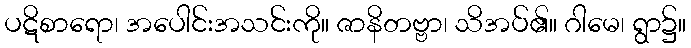
ပဋိစာရော၊ အပေါင်းအသင်းကို။ ဇာနိတဗ္ဗာ၊ သိအပ်၏။ ဂါမေ၊ ရွာ၌။